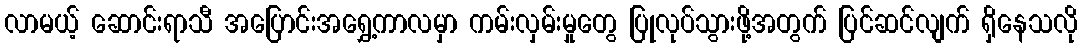
လာမယ့် ဆောင်းရာသီ အပြောင်းအရွှေ့ကာလမှာ ကမ်းလှမ်းမှုတွေ ပြုလုပ်သွားဖို့အတွက် ပြင်ဆင်လျက် ရှိနေသလို